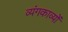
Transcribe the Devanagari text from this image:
व्यंगकाव्यों